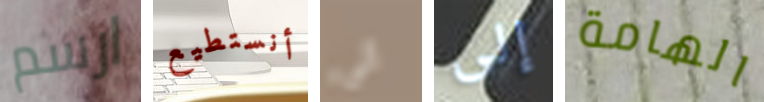
ارسم أنستطيع الى إلى الهامة